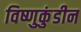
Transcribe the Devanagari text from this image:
विष्णुकुंडीन